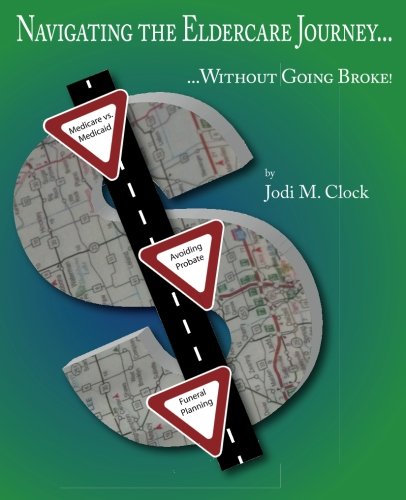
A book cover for Navigating the Eldercare Journey: ...Without Going Broke! (Volume 1); Jodi M. Clock; Medical Books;